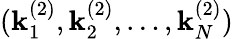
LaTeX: (\mathbf{k}_{1}^{(2)},\mathbf{k}_{2}^{(2)},\dots,\mathbf{k}_{N}^{(2)})